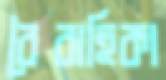
বৈবাহিকা